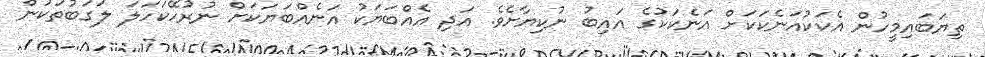
ތިޔަބައިމީހުން އެކަކުއަނެކަކަށް އަނެކަކުގެ އައިބު ނުކިޔާށެވެ. އަދި އެއްބަޔަކު އަނެއްބަޔަކަށް ނުރުހޭކަހަލަ ލަގަބުތަކުން